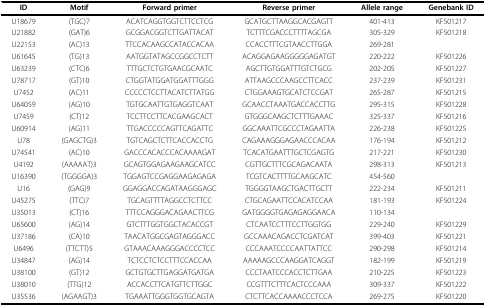
<table><thead><tr><td><b>ID</b></td><td><b>Motif</b></td><td><b>Forward primer</b></td><td><b>Reverse primer</b></td><td><b>Allele range</b></td><td><b>Genebank ID</b></td></tr></thead><tbody><tr><td>U18679</td><td>(TGC)7</td><td>ACATCAGGTGGTCTTCCTCG</td><td>GCATGCTTAAGGCACGAGTT</td><td>401-413</td><td>KF501217</td></tr><tr><td>U21882</td><td>(GAT)6</td><td>GCGGACGGTCTTGATTACAT</td><td>TCTTTCGACCCTTTTAGCGA</td><td>305-329</td><td>KF501218</td></tr><tr><td>U22153</td><td>(AC)13</td><td>TTCCACAAGCCATACCACAA</td><td>CCACCTTTCGTAACCTTGGA</td><td>269-281</td><td></td></tr><tr><td>U61645</td><td>(TG)13</td><td>AATGGTATAGCCGGCCTCTT</td><td>ACAGGAGAAGGGGGAGATGT</td><td>220-222</td><td>KF501226</td></tr><tr><td>U63239</td><td>(CTC)6</td><td>TTTGCTCTGTGAACGCAATC</td><td>AGCTTGTGGATTTGTCTGCG</td><td>202-205</td><td>KF501227</td></tr><tr><td>U78717</td><td>(GT)10</td><td>CTGGTATGGATGGATTTGGG</td><td>ATTAAGCCCAAGCCTTCACC</td><td>237-239</td><td>KF501231</td></tr><tr><td>U7452</td><td>(AC)11</td><td>CCCCCTCCTTACATCTTATGG</td><td>CTGGAAAGTGCATCTCCGAT</td><td>265-287</td><td>KF501215</td></tr><tr><td>U64059</td><td>(AG)10</td><td>TGTGCAATTGTGAGGTCAAT</td><td>GCAACCTAAATGACCACCTTG</td><td>295-315</td><td>KF501228</td></tr><tr><td>U7459</td><td>(CT)12</td><td>TCCTTCCTTCACGAAGCACT</td><td>GTGGGCAAGCTCTTTGAAAC</td><td>325-337</td><td>KF501216</td></tr><tr><td>U60914</td><td>(AG)11</td><td>TTGACCCCCAGTTCAGATTC</td><td>GGCAAATTCGCCCTAGAATTA</td><td>226-238</td><td>KF501225</td></tr><tr><td>U78</td><td>(GAGCTG)3</td><td>TGTCAGCTCTTCACCACCTG</td><td>CAGAAAGGGAGAACCCACAA</td><td>176-194</td><td>KF501212</td></tr><tr><td>U74541</td><td>(AC)10</td><td>GACCCACACCCACAAAAGAT</td><td>TCACATGAATTTGCTCGAGTG</td><td>217-221</td><td>KF501230</td></tr><tr><td>U4192</td><td>(AAAAAT)3</td><td>GCAGTGGAGAAGAAGCATCC</td><td>CGTTGCTTTCGCAGACAATA</td><td>298-313</td><td>KF501213</td></tr><tr><td>U16390</td><td>(TGGGGA)3</td><td>TGGAGTCCGAGGAAGAGAGA</td><td>TCGTCACTTTTGCAAGCATC</td><td>454-560</td><td></td></tr><tr><td>U16</td><td>(GAG)9</td><td>GGAGGACCAGATAAGGGAGC</td><td>TGGGGTAAGCTGACTTGCTT</td><td>222-234</td><td>KF501211</td></tr><tr><td>U45275</td><td>(TTC)7</td><td>TGCAGTTTTAGGCCTCTTCC</td><td>CTGCAGAATTCCACATCCAA</td><td>181-193</td><td>KF501224</td></tr><tr><td>U35013</td><td>(CT)16</td><td>TTTCCAGGGACAGAACTTCG</td><td>GATGGGGTGAGAGAGGAACA</td><td>110-134</td><td></td></tr><tr><td>U65600</td><td>(AG)14</td><td>GTCTTTGGTGGCTACACCGT</td><td>CTCAATCCTTTCCTTGGTGG</td><td>229-240</td><td>KF501229</td></tr><tr><td>U37186</td><td>(CA)10</td><td>TAACATGGCGAGTAGGGACC</td><td>GCCAAACAGACCTCGATCAT</td><td>399-403</td><td>KF501221</td></tr><tr><td>U6496</td><td>(TTCTT)5</td><td>GTAAACAAAGGGACCCCTCC</td><td>CCCAAATCCCCAATTATTCC</td><td>290-298</td><td>KF501214</td></tr><tr><td>U34847</td><td>(AG)14</td><td>TCTCCTCTCCTTTCCACCAA</td><td>AAAAAGCCCAAGGATCAGGT</td><td>182-199</td><td>KF501219</td></tr><tr><td>U38100</td><td>(GT)12</td><td>GCTGTGCTTGAGGATGATGA</td><td>CCCTAATCCCACCTCTTGAA</td><td>210-225</td><td>KF501223</td></tr><tr><td>U38010</td><td>(TTG)12</td><td>ACCACCTTCATGTTCTTGGC</td><td>CCGTTTCTTTCACTCCCAAA</td><td>309-337</td><td>KF501222</td></tr><tr><td>U35536</td><td>(AGAAGT)3</td><td>TGAAATTGGGTGGTGCAGTA</td><td>CTCTTCACCAAAACCCTCCA</td><td>269-275</td><td>KF501220</td></tr></tbody></table>